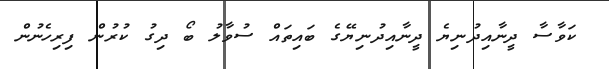
ކަވާސާ ދީނާއިދުނިޔެ ދީނާއިދުނިޔޭގެ ބައިތައް ސުވާލު ބޯ ދިގު ކުރުން ފިރިހެނުން